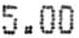
5.00